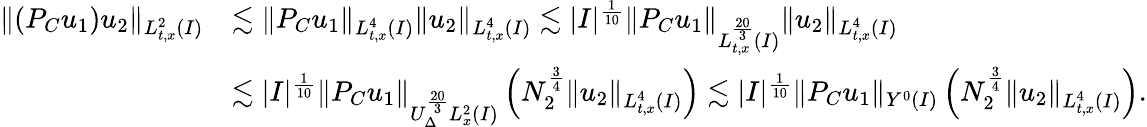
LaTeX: \begin{array}{rl}{\| (P_{C}u_{1})u_{2}\| _{L_{t,x}^{2}(I)}}&{\lesssim\| P_{C}u_{1}\| _{L_{t,x}^{4}(I)}\| u_{2}\| _{L_{t,x}^{4}(I)}\lesssim|I|^{\frac{1}{10}}\| P_{C}u_{1}\| _{L_{t,x}^{\frac{20}{3}}(I)}\| u_{2}\| _{L_{t,x}^{4}(I)}}\\ &{\lesssim|I|^{\frac{1}{10}}\| P_{C}u_{1}\| _{U_{\Delta}^{\frac{20}{3}}L_{x}^{2}(I)}\left(N_{2}^{\frac{3}{4}}\| u_{2}\| _{L_{t,x}^{4}(I)}\right)\lesssim|I|^{\frac{1}{10}}\| P_{C}u_{1}\| _{Y^{0}(I)}\left(N_{2}^{\frac{3}{4}}\| u_{2}\| _{L_{t,x}^{4}(I)}\right).}\end{array}